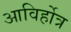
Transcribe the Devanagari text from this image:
आविर्होत्र